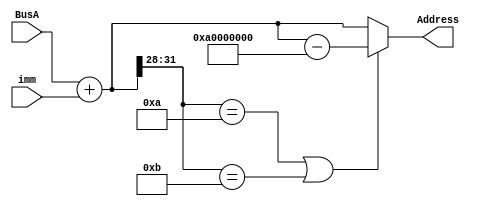
`timescale 1ns / 1ps


module addr_load(
    input [31:0] BusA,
    input [31:0] imm,

    output reg [31:0] Address


    );

    always@(*)
    begin
        Address = BusA+imm;
        Address = ( Address[31:28] == 4'ha || Address[31:28] == 4'hb ) ? Address - 32'ha0000000 : Address;
    end

endmodule